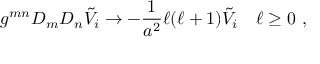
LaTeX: g ^ { m n } D _ { m } D _ { n } \tilde { V } _ { i } \to - \frac { 1 } { a ^ { 2 } } \ell ( \ell + 1 ) \tilde { V } _ { i } \quad \ell \geq 0 ~ ,